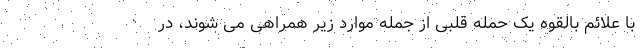
با علائم بالقوه یک حمله قلبی از جمله موارد زیر همراهی می شوند، در